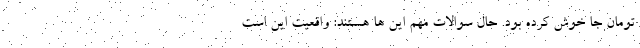
تومان جا خوش کرده بود. حال سوالات مهم این ها هستند: واقعیت این است